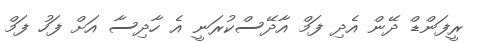
ރީފަންޑް ދޭން އެދި ފަމް އާދޭސްކުރަނީ އެ ހާދިސާ އަށް ފަހު ފަމް